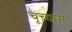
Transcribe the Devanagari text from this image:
चूच्यांग